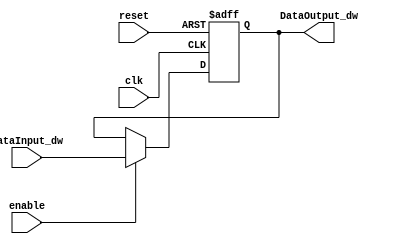
/******************************************************************
* Description
*	This the basic register that is used in the register file
*	1.0
* Author:
*	Mariana Chvez Medina
*	Daro Arias Muoz
* Date:
*	07/04/2020
******************************************************************/
module Register
#(
	parameter N=32
)
(
	input clk,
	input reset,
	input enable,
	input  [N-1:0] DataInput_dw,
	
	
	output reg [N-1:0] DataOutput_dw
);

always@(negedge reset or posedge clk) begin
	if(reset == 0)
		DataOutput_dw <= 0;
	else	
		if(enable == 1)
			DataOutput_dw <= DataInput_dw;
end

endmodule
//register//